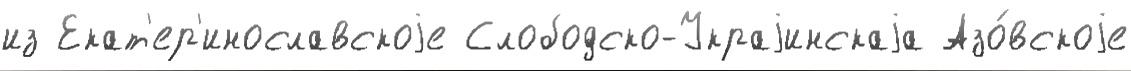
из Екат'ер'инославскоjе Слободско-Украjинскаjа Азо́вскоjе